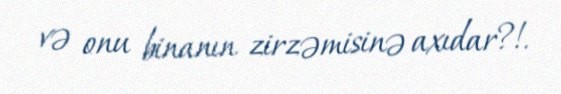
və onu binanın zirzəmisinə axıdar?!.